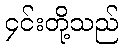
၄င်းတို့သည်